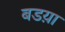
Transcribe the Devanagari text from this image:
बडय़ा